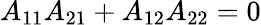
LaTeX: A_{11}A_{21}+A_{12}A_{22}=0